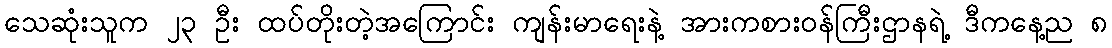
သေဆုံးသူက ၂၃ ဦး ထပ်တိုးတဲ့အကြောင်း ကျန်းမာရေးနဲ့ အားကစားဝန်ကြီးဌာနရဲ့ ဒီကနေ့ည ၈